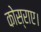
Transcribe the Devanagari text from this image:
कोस्राए।